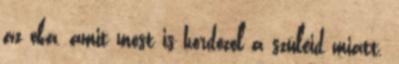
az oka, amit most is hordozol a szüleid miatt.